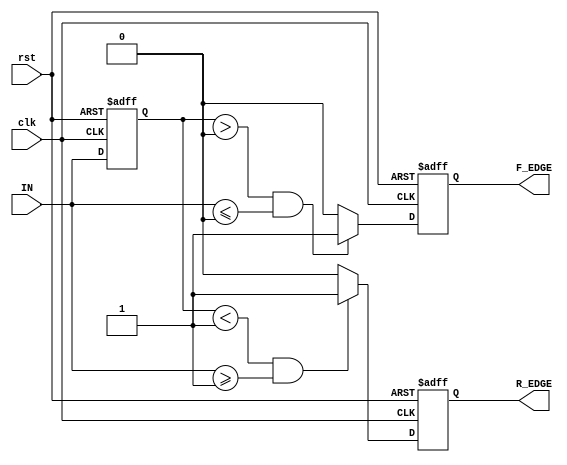
module schmitt_trigger_edge_detector (
    input wire clk,          // Clock input
    input wire rst,          // Reset input
    input wire IN,           // Input signal
    output reg R_EDGE,       // Rising edge output
    output reg F_EDGE        // Falling edge output
);

    // Parameters for Schmitt Trigger thresholds
    parameter HIGH_THRESHOLD = 1'b1; // Example high threshold
    parameter LOW_THRESHOLD  = 1'b0;  // Example low threshold

    // Memory elements to store previous state
    reg prev_state;

    // Initialization on reset
    always @(posedge clk or posedge rst) begin
        if (rst) begin
            prev_state <= LOW_THRESHOLD; // Initialize to low
            R_EDGE <= 1'b0;              // Initialize rising edge output
            F_EDGE <= 1'b0;              // Initialize falling edge output
        end else begin
            // Edge detection logic
            if (prev_state < HIGH_THRESHOLD && IN >= HIGH_THRESHOLD) begin
                R_EDGE <= 1'b1; // Rising edge detected
            end else begin
                R_EDGE <= 1'b0; // Clear rising edge output
            end

            if (prev_state > LOW_THRESHOLD && IN <= LOW_THRESHOLD) begin
                F_EDGE <= 1'b1; // Falling edge detected
            end else begin
                F_EDGE <= 1'b0; // Clear falling edge output
            end
            
            // Update the previous state
            prev_state <= IN;
        end
    end

endmodule